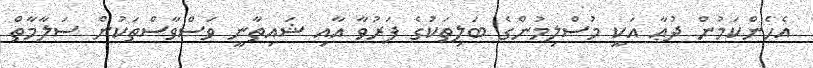
އެހެންކަމުން ދުޢާ އަކީ މުސްލިމުންގެ ބަލިތަކުގެ ފަރުވާ އާއި ޝައިތާނީ ވަސްވާސްތަކުން ސަލާމާތް